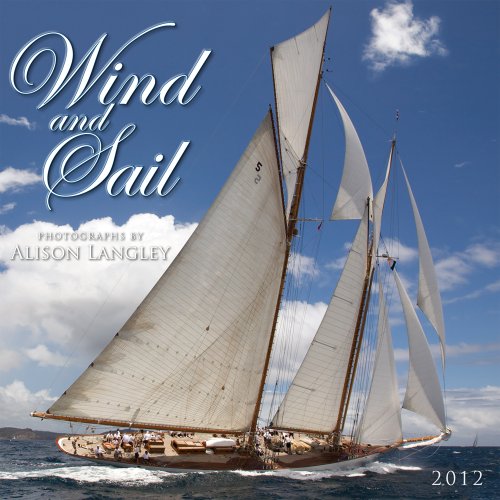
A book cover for Wind and Sail 2012 Wall (calendar); Calendars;